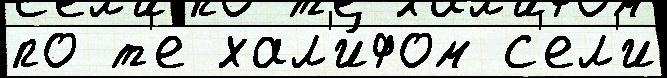
по т'е хал'и́фом с'ел'и